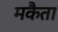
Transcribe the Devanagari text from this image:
मकैता